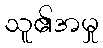
သူ၏အမှု